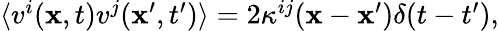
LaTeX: \begin{array}{r}{\langle v^{i}({\mathbf x},t)v^{j}({\mathbf x}^{\prime},t^{\prime})\rangle=2\kappa^{ij}({\mathbf x}-{\mathbf x}^{\prime})\delta(t-t^{\prime}),}\end{array}